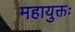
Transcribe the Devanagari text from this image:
महायुक्तः